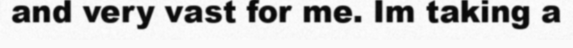
and very vast for me. Im taking a